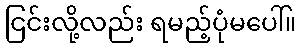
ငြင်းလို့လည်း ရမည့်ပုံမပေါ်။